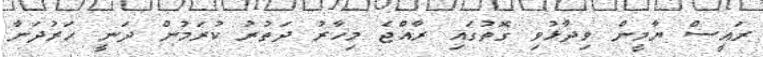
ރައީސް ޔާމީން ވިދާޅުވި ގޮތުގައި ރާއްޖެ މިހާރު ދަތުރު ކުރަމުން ދަނީ ހަރުދަނާ